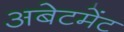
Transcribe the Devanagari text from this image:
अबेटमेंट